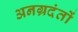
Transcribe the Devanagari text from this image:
अनग्रदंतों